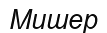
Мишер